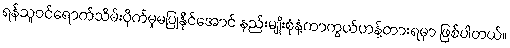
ရန်သူဝင်ရောက်သိမ်းပိုက်မှုမပြုနိုင်အောင် နည်းမျိုးစုံနဲ့ကာကွယ်ဟန့်တားရမှာ ဖြစ်ပါတယ်။